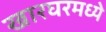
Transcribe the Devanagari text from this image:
खारघरमध्ये